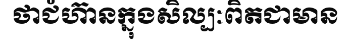
ថាជំហ៊ានក្នុងសិល្បៈពិតជាមាន